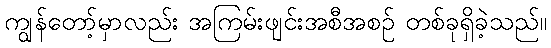
ကျွန်တော့်မှာလည်း အကြမ်းဖျင်းအစီအစဉ် တစ်ခုရှိခဲ့သည်။